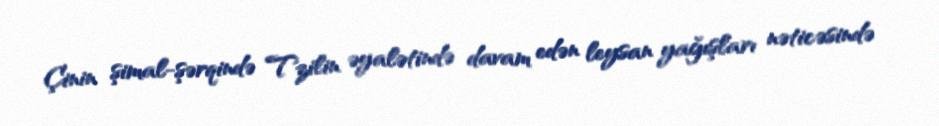
Çinin şimal-şərqində Tzilin əyalətində davam edən leysan yağışları nəticəsində